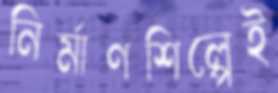
নির্মাণশিল্পেই